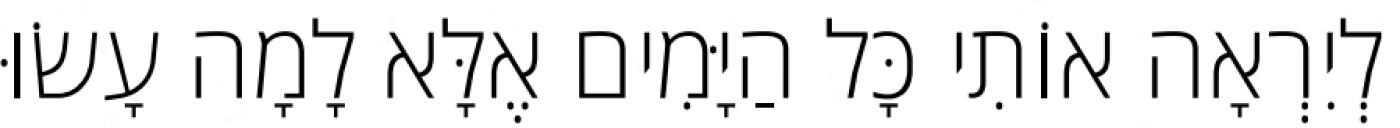
לְיִרְאָה אוֹתִי כָּל הַיָּמִים אֶלָּא לָמָה עָשׂוּ